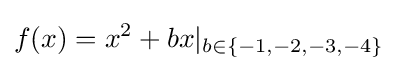
f(x)=x^{2}+bx|_{b\in \{-1,-2,-3,-4\}}